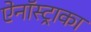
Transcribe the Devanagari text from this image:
ऐनॉस्ट्राका